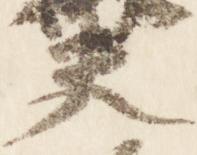
夫